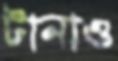
টানাও